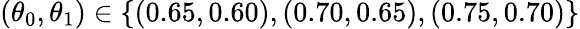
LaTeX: (\theta_{0},\theta_{1})\in\{ (0.65,0.60),(0.70,0.65),(0.75,0.70)\}